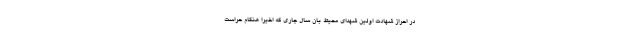
در احراز شهادت اولین شهدای محیط بان سال جاری که اخیرا هنگام حراست